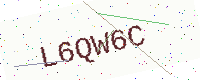
Text: L6QW6C